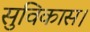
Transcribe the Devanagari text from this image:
सुविकास।